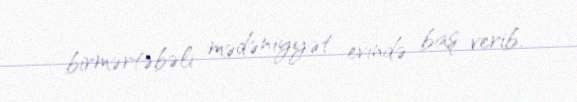
birmərtəbəli mədəniyyət evində baş verib.